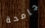
جامحة